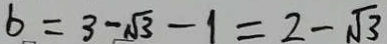
b = 3 - \sqrt { 3 } - 1 = 2 - \sqrt { 3 }